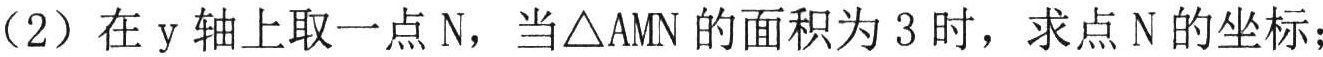
（2）在\(y\)轴上取一点\(N\)，当\(\triangle AMN\)的面积为\(3\)时，求点\(N\)的坐标；